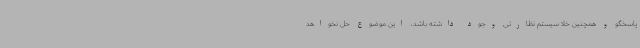
پاسخگو و همچنین خلا سیستم نظارتی وجود داشته باشد، این موضوع حل نخواهد